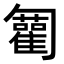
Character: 𠤍